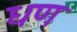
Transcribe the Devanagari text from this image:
धण